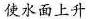
使水面上升